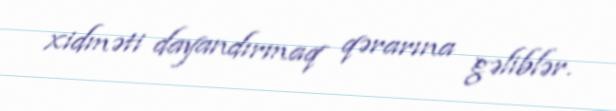
xidməti dayandırmaq qərarına gəliblər.